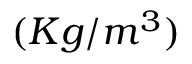
( K g / m ^ { 3 } )